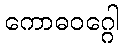
ကောဓဝဂ္ဂေါ